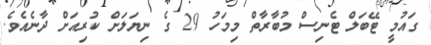
ގައުމީ ޓޭބަލް ޓެނިސް މުބާރާތް މިމަހު 29 ގެ ނިޔަލަށް ކުރިއަށް ދާނެއެވެ.